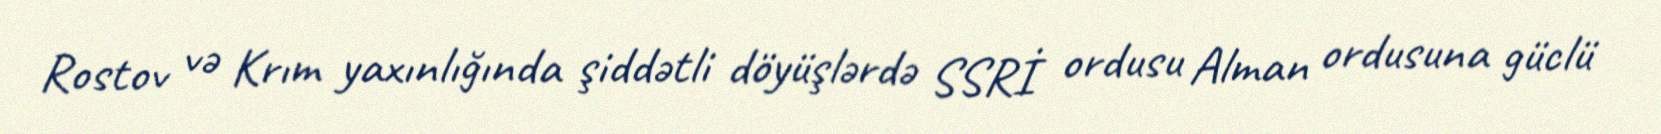
Rostov və Krım yaxınlığında şiddətli döyüşlərdə SSRİ ordusu Alman ordusuna güclü